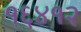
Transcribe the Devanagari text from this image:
१६४१२